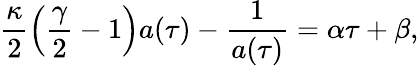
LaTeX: \frac{\kappa}{2}\left(\frac{\gamma}{2}-1\right)a(\tau)-\frac{1}{a(\tau)}=\alpha\tau+\beta,